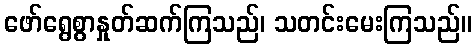
ဖော်ရွေစွာနှုတ်ဆက်ကြသည်၊ သတင်းမေးကြသည်။